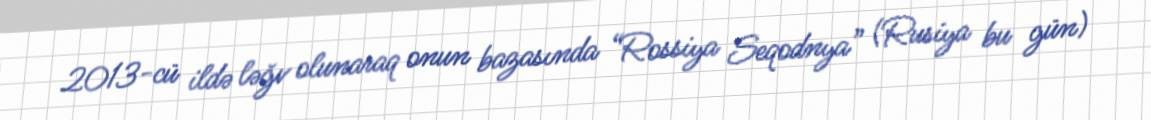
2013-cü ildə ləğv olunaraq onun bazasında “Rossiya Seqodnya” (Rusiya bu gün)